Rangoon Lunatic Asylum 1878-1892 - 1878-1892
Year: 1878
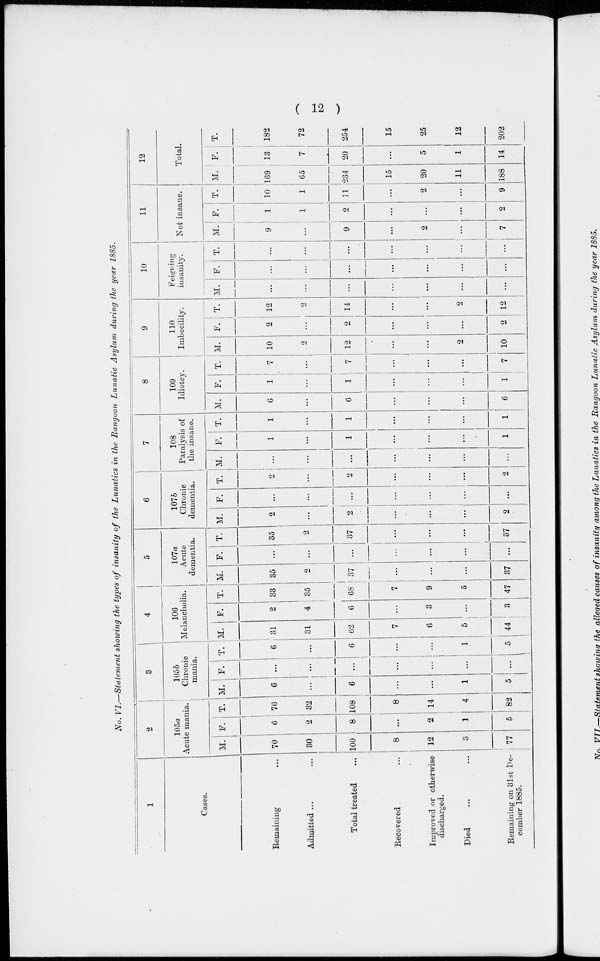
( 12 )
No. VI.—Statement showing the types of insanity of the Lunatics in the Rangoon Lunatic Asylum during the year 1885.
1
Cases.
Remaining ...
Admitted ...
Total treated ...
Recovered ...
Improved or otherwise
discharged.
Died ... ...
Remaining on 31st De-
cember 1885.
2
105a
Acute mania.
M.
70
30
100
8
12
3
77
F.
6
2
8
...
2
1
5
T.
76
32
108
8
14
4
82
3
105b
Chronic
mania.
M.
6
...
6
...
...
1
5
F.
...
...
...
...
...
...
...
T.
6
...
6
...
...
1
5
4
106
Melancholia.
M.
31
31
62
7
6
5
44
F.
2
4
6
...
3
...
3
T.
33
35
68
7
9
5
47
5
107a
Acute
dementia.
M.
35
2
37
...
...
...
37
F.
...
...
...
...
...
...
...
T.
35
2
37
...
...
...
37
6
107b
Chronic
dementia.
M.
2
...
2
...
...
...
2
F.
...
...
...
...
...
...
...
T.
2
...
2
...
...
...
2
7
108
Paralysis of
the insane.
M.
...
...
...
...
...
...
...
F.
1
...
1
...
...
...
1
T.
1
...
1
...
...
...
1
8
109
Idiotcy.
M.
6
...
6
...
...
...
6
F.
1
...
1
...
...
...
1
T.
7
...
7
...
...
...
7
9
110
Imbecility.
M.
10
2
12
...
...
2
10
F.
2
...
2
...
...
...
2
T.
12
2
14
...
...
2
12
10
Feigning
insanity.
M.
...
...
...
...
...
...
...
F.
...
...
...
...
...
...
...
T.
...
...
...
...
...
...
...
11
Not insane.
M.
9
...
9
...
2
...
7
F.
1
1
2
...
...
...
2
T.
10
1
11
...
2
...
9
12
Total.
M.
169
65
234
15
20
11
188
F.
13
7
20
...
5
1
14
T.
182
72
254
15
25
12
202